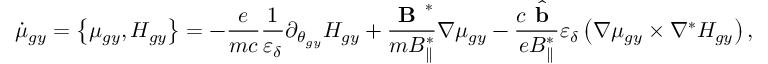
\dot { \mu } _ { g y } = \left\{ \mu _ { g y } , H _ { g y } \right\} = - \frac { e } { m c } \frac { 1 } { \varepsilon _ { \delta } } \partial _ { \theta _ { g y } } H _ { g y } + \frac { \textbf { B } ^ { * } } { m { B } _ { \parallel } ^ { * } } \nabla \mu _ { g y } - \frac { c \hat { \textbf { b } } } { e { B } _ { \parallel } ^ { * } } \varepsilon _ { \delta } \left( \nabla \mu _ { g y } \times \nabla ^ { * } H _ { g y } \right) ,